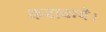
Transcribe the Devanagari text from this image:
करावाये।